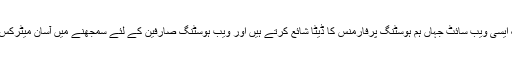
ایک ایسی ویب سائٹ جہاں ہم ہوسٹنگ پرفارمنس کا ڈیٹا شائع کرتے ہیں اور ویب ہوسٹنگ صارفین کے لئے سمجھنے میں آسان میٹرکس…۔